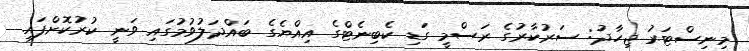
މިނިސްޓަރު ޖިހާދު: ސަރުކާރުގެ ރަސްމީ ގަޑި ކެބިނެޓްގެ އިއްޔެގެ ބައްދަލުވުމުގައި ވަނީ ކުރުކޮށްފައި.